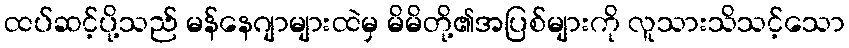
ထပ်ဆင့်ပို့သည် မန်နေဂျာများထဲမှ မိမိတို့၏အပြစ်များကို လူသားသိသင့်သော